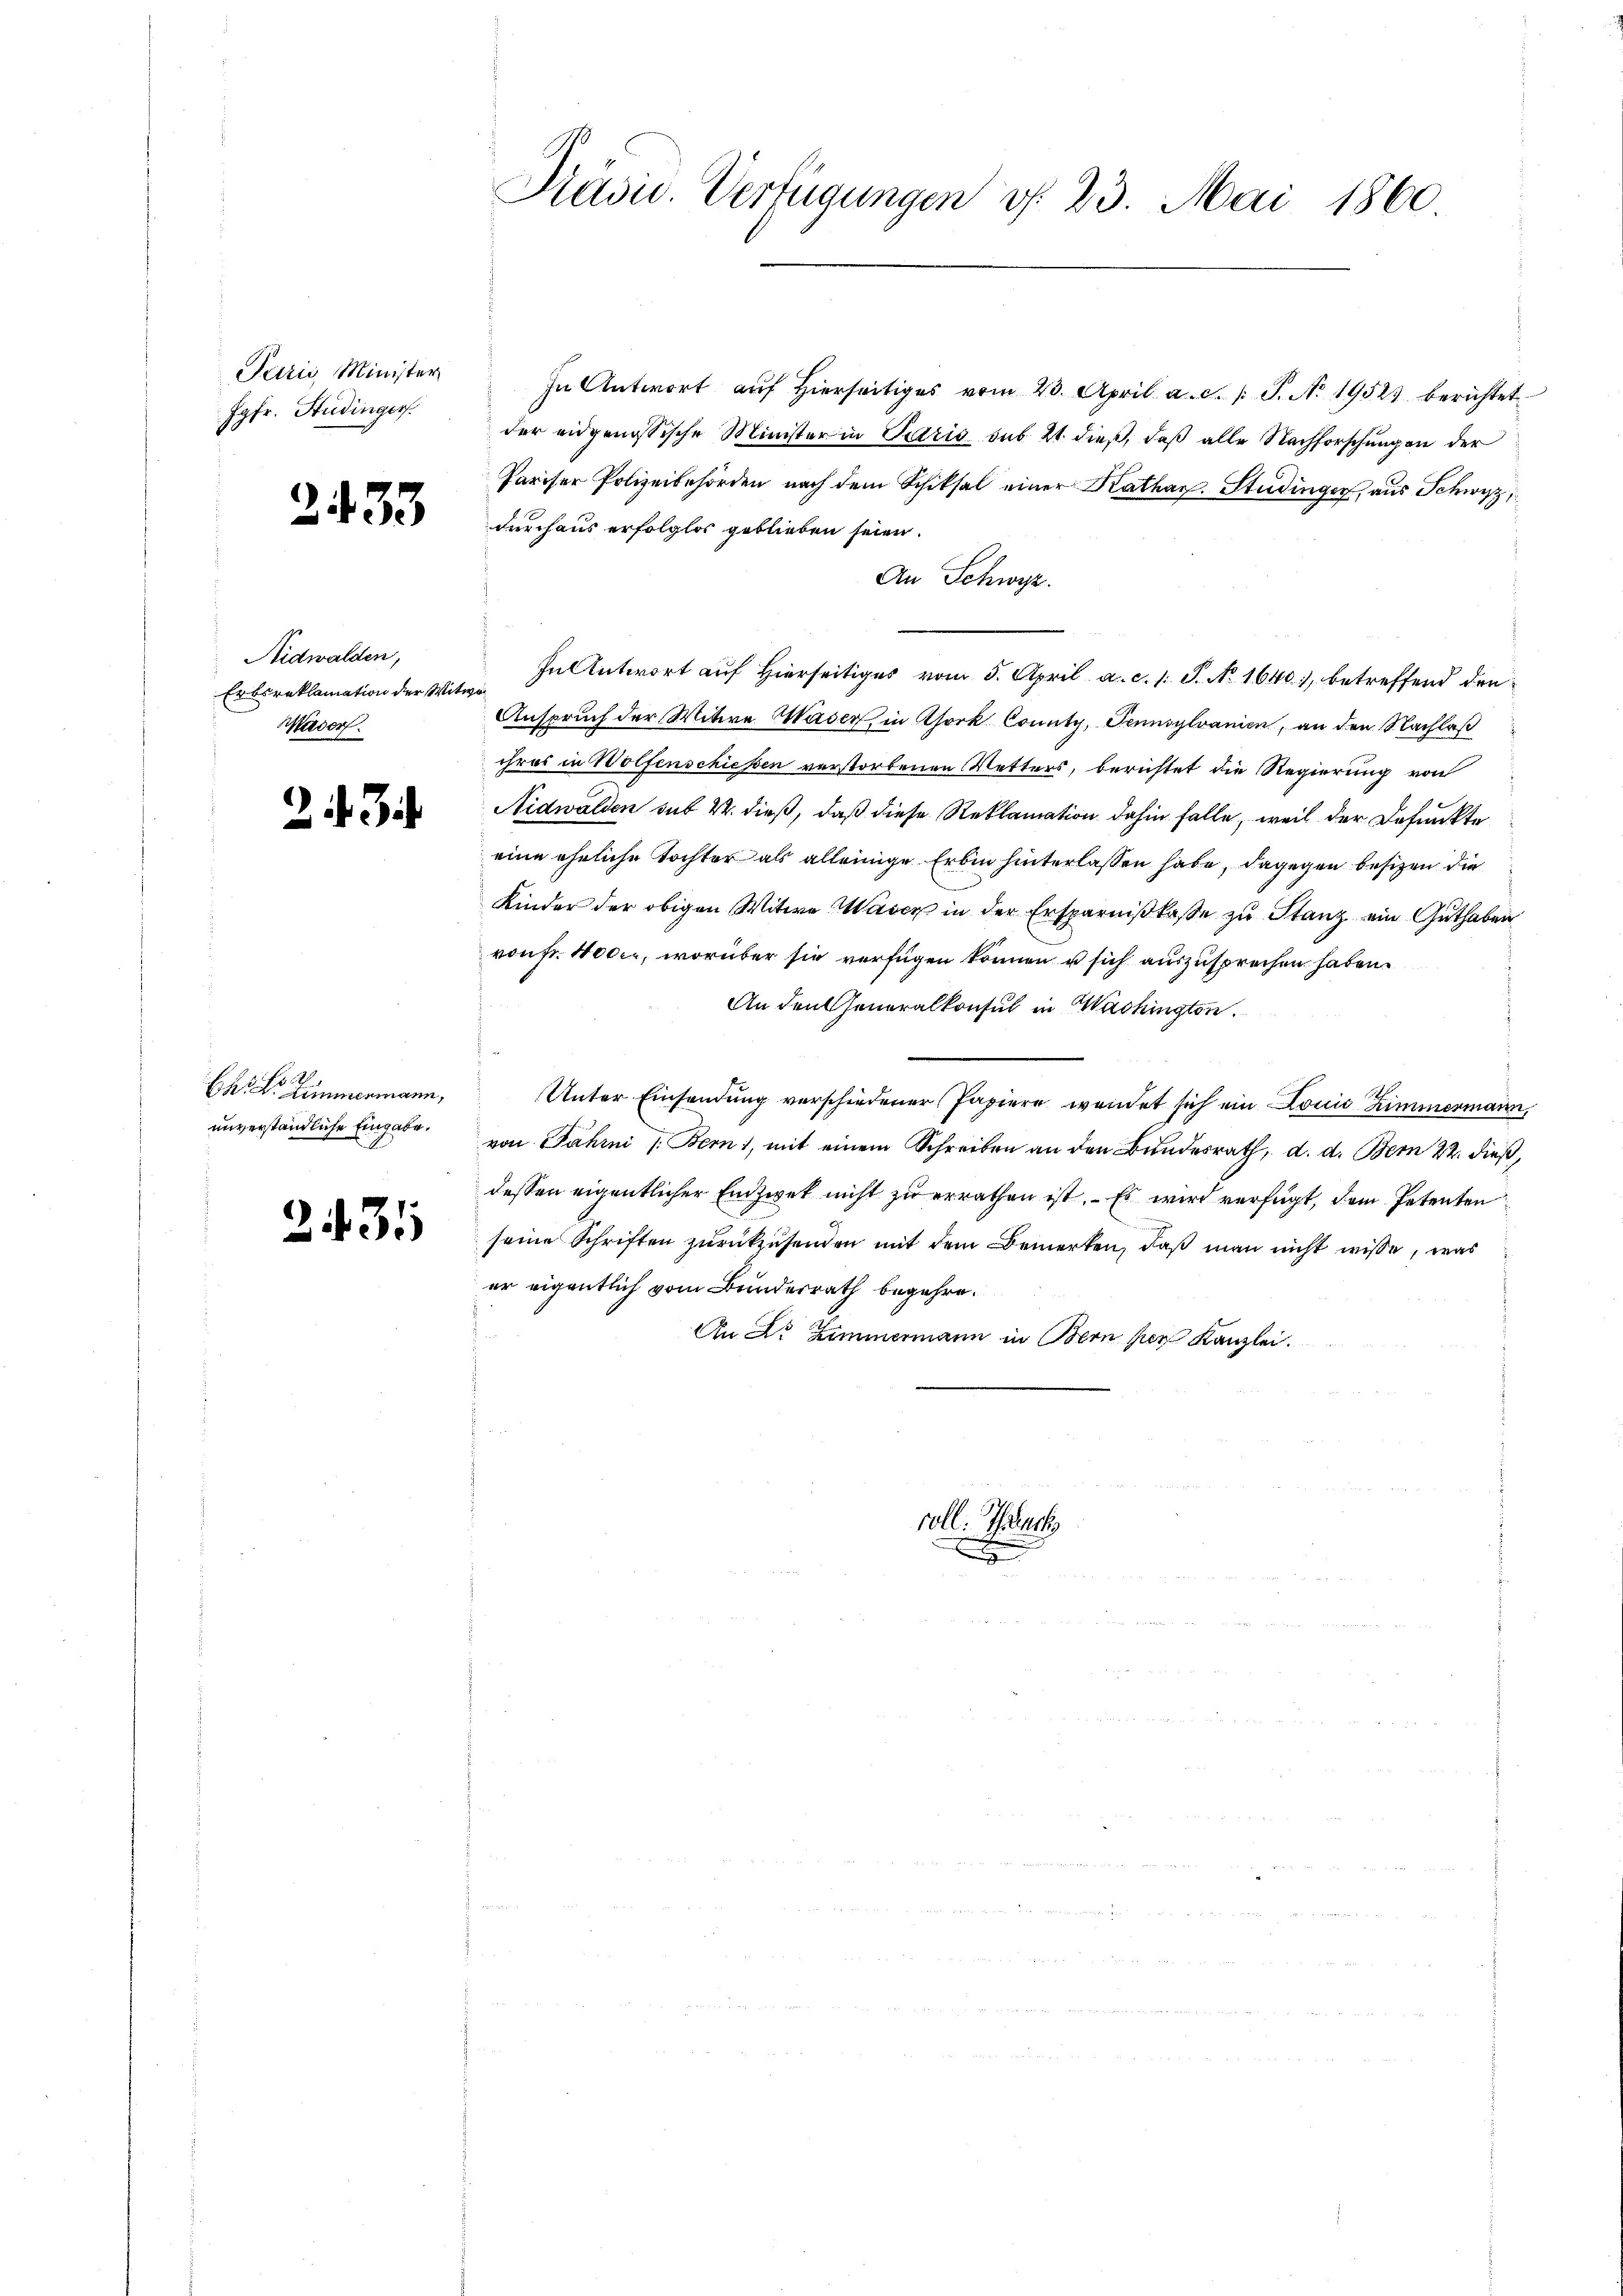
Paris Minister
Jgfr. Studingers.

2433

Nidwalden,
Erbsreklamation der Witw
Mäder.

2

16
Ehr 2. Zimmermann,
unverständliche Eingabe.

2431

Präsid. Verfügungen d. 23. Mai 1860

In Antwort aŭf hierseits vom 23. April a. d. J. J. No. 19523 berichtet
der eidgenössische Minister in Paris sub. 21. dieß, daß alle Nachforschungen der
Pariser Polizeibehörden nach dem Schiksal einer Kathar. Studinger, aus Schwyz,
durchaus erfolglos geblieben seien.
An Schwyz.
In Antwort auf Hierseitiges vom 5. April a. c. 1. P. No 1640), betreffend den
Anspruch der Witwe Waser, in Chork County, Sennsylvanien, an den Nachlaß
ihres in Wolfenschießen verstorbenen Vetters, berichtet die Regierung von
Nidwalden sub 24. dieß, daß diese Reklamation dahin falle, weil der Befunkte
eine ähnliche Tochter als alleinige Erbin hinterlassen habe, dagegen besizen die
Kinder der obigen Witwe Maser in der Ersparnißkoste zu Stanz ein Guthaben
von fr. 4000, worüber sie verfügen können u sich auszusprechen haben.
An den Generalkonsul in Washington.
Unter Einsendung verschiedener Papiere wendet sich ein Louis Zimmermann,
von Jahrni (Bern, mit einem Schreiben an den Bundesrath, d. d. Bern 22. dieß,
dessen eigentlicher Einzwek nicht zu errathen ist. Es wird verfügt, dem Petenten
seine Schriften zurückzusenden mit dem Bemerken, daß man nicht wisse, was
er eigentlich vom Bunderrath begehre.
An Dr Zimmermann in Bern per Kanzlei.
voll. Ich
x